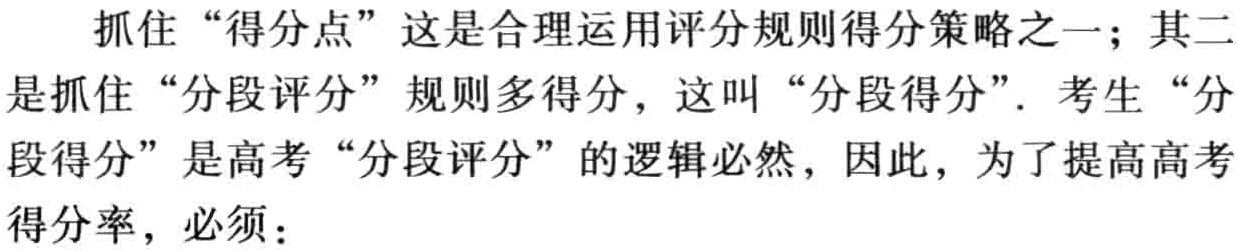
抓住“得分点”这是合理运用评分规则得分策略之一；其二是抓住“分段评分”规则多得分，这叫“分段得分”．考生“分段得分”是高考“分段评分”的逻辑必然，因此，为了提高高考得分率，必须：